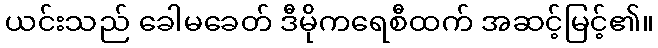
ယင်းသည် ခေါမခေတ် ဒီမိုကရေစီထက် အဆင့်မြင့်၏။